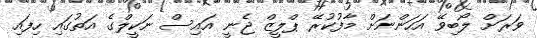
ވަރަށް ލޯބިވޭ އަހަންނަށް މާފުކުރޭ ޕްލީޒް ޖެނީ އައިސް ނަކީލްގެ އަތުގައި ހިފައި